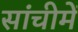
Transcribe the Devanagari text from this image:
सांचीमें